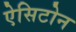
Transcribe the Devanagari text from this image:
ऐसिटोन